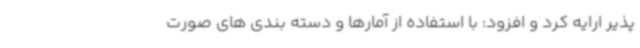
پذیر ارایه کرد و افزود: با استفاده از آمارها و دسته بندی های صورت